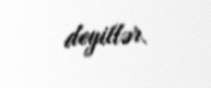
deyillər.